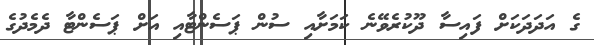
ގެ އަދަދަކަށް ފައިސާ ދޫކުރެވޭނެ ކަމަށާއި ސުން ޕަސެންޓާއި އަށް ޕަސެންޓާ ދެމެދުގެ